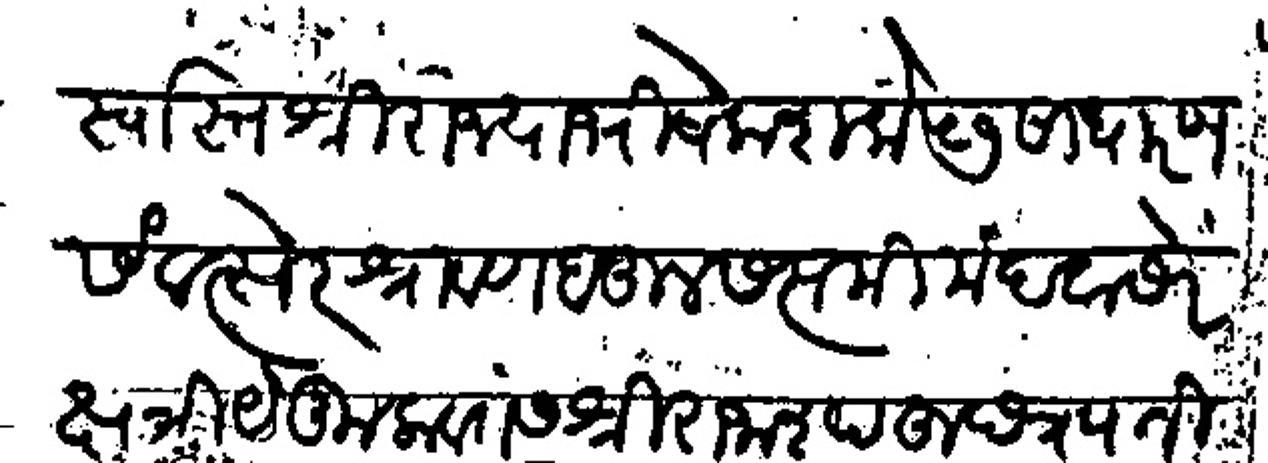
Transliteration (Devanagari): स्वस्तीश्री राज्याभिषेक शके ५७ साधारण संवत्सरे श्रावण बहुल सप्तमी मंदवासरे क्षत्रिय कुलवंतस श्री राजा शाहू छत्रपती